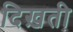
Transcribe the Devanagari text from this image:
दिख़ती